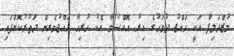
މުޒްދަލިފާ އަކީ ހައްޖު ދުވަހުގެ އިރު އޮއްސުމާ އެކު ހުރިހާ ހައްޖުވެރިން ދަތުރުކޮށްފައި